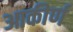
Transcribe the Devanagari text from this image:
आकीर्ण